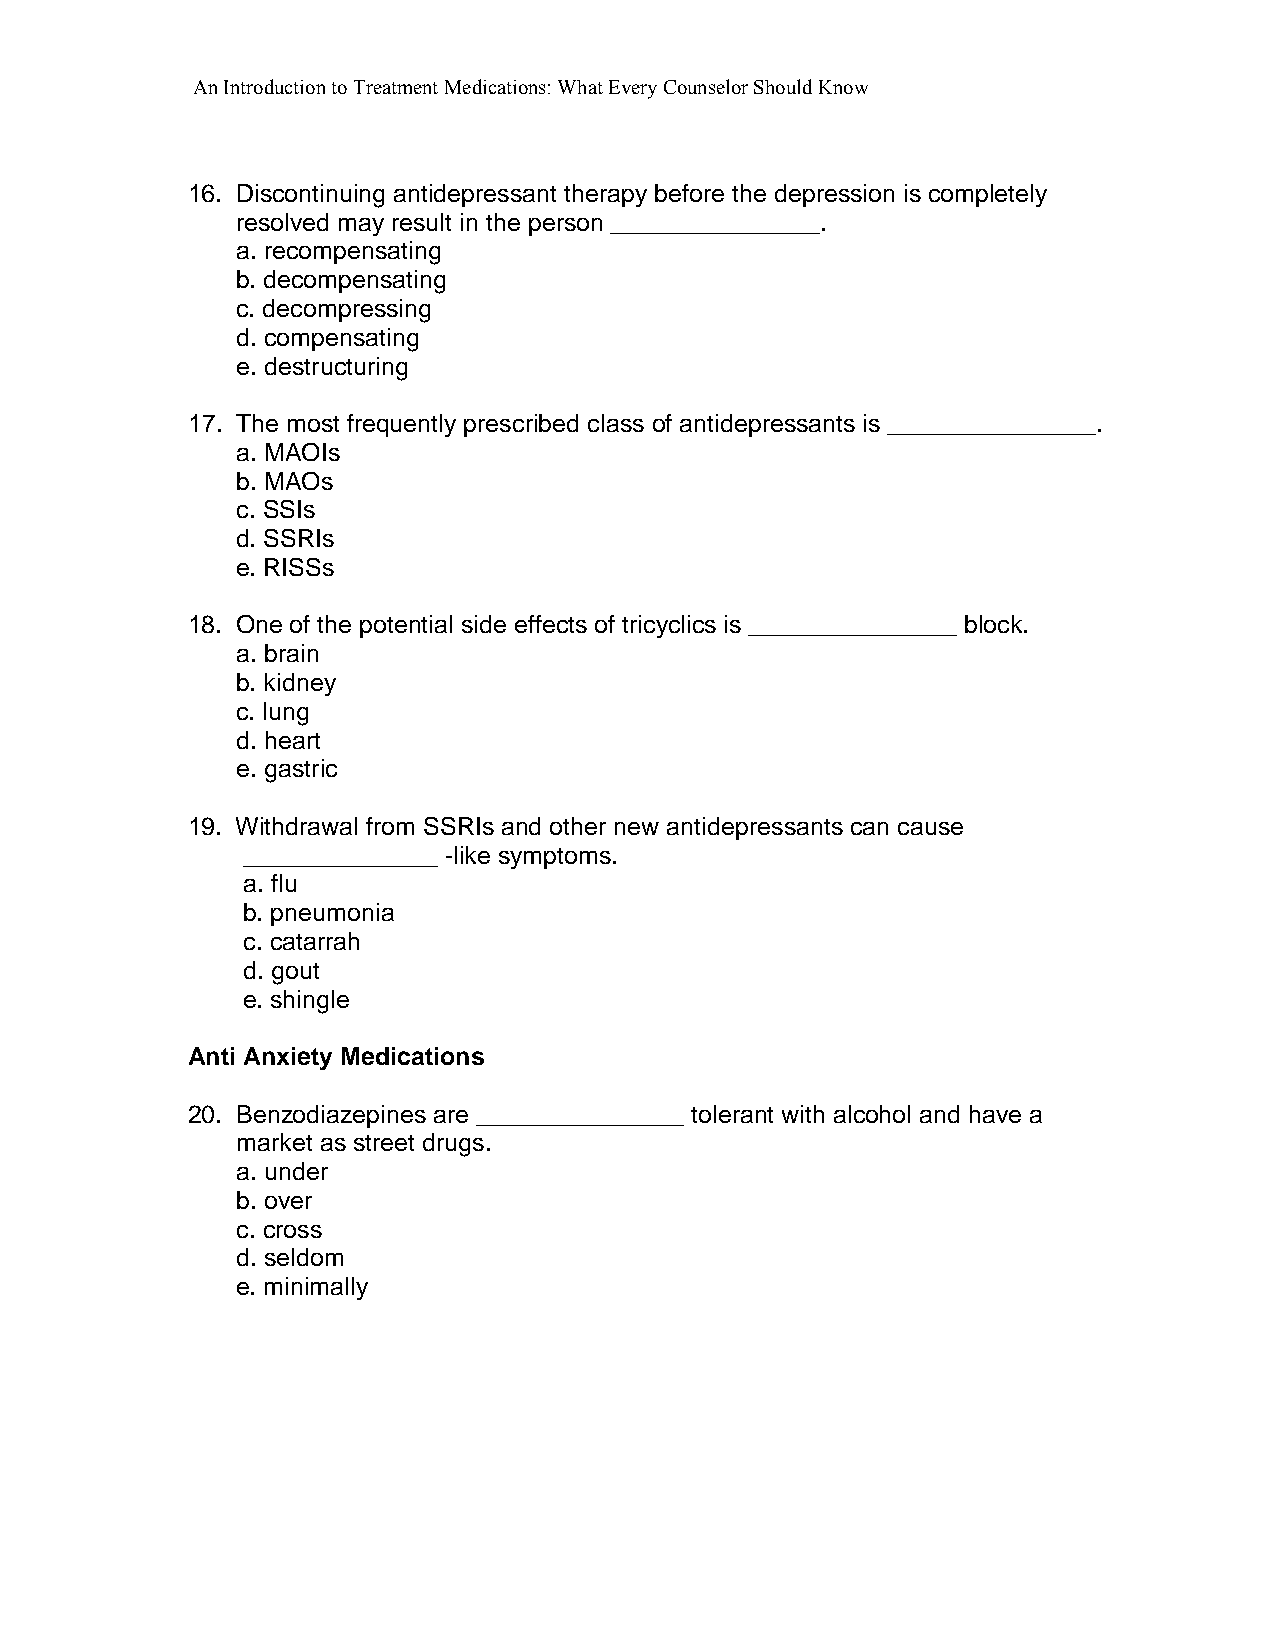
An Introduction to Treatment Medications: What Every Counselor Should Know
 16. Discontinuing antidepressant therapy before the depression is completely
 resolved may result in the person _______________.
 a. recompensating
 b. decompensating
 c. decompressing
 d. compensating
 e. destructuring
 17. The most frequently prescribed class of antidepressants is _______________.
 a. MAOIs
 b. MAOs
 c. SSIs
 d. SSRIs
 e. RISSs
 18. One of the potential side effects of tricyclics is _______________ block.
 a. brain
 b. kidney
 c. lung
 d. heart
 e. gastric
 19. Withdrawal from SSRIs and other new antidepressants can cause
 ______________ -like symptoms.
 a. flu
 b. pneumonia
 c. catarrah
 d. gout
 e. shingle
 Anti Anxiety Medications
 20. Benzodiazepines are _______________ tolerant with alcohol and have a
 market as street drugs.
 a. under
 b. over
 c. cross
 d. seldom
 e. minimally